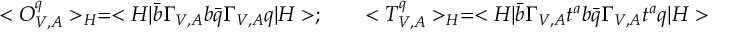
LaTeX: < O _ { V , A } ^ { q } > _ { H } = < H | \bar { b } \Gamma _ { V , A } b \bar { q } \Gamma _ { V , A } q | H > ; ~ ~ ~ ~ ~ < T _ { V , A } ^ { q } > _ { H } = < H | \bar { b } \Gamma _ { V , A } t ^ { a } b \bar { q } \Gamma _ { V , A } t ^ { a } q | H >